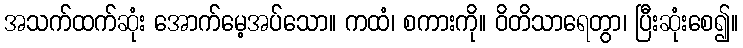
အသက်ထက်ဆုံး အောက်မေ့အပ်သော။ ကထံ၊ စကားကို။ ဝိတိသာရေတွာ၊ ပြီးဆုံးစေ၍။